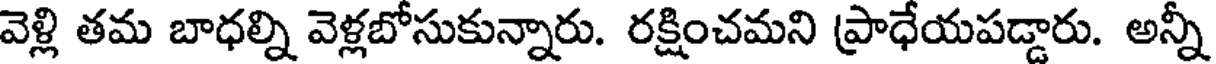
వెళ్లి తమ బాధల్ని వెళ్లబోసుకున్నారు. రక్షించమని ప్రాధేయపడ్డారు. అన్నీ